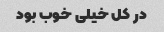
در کل خیلی خوب بود